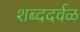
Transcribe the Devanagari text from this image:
शब्ददर्वळ